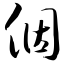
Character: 个